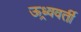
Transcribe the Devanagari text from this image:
ऊध्र्ववर्ती